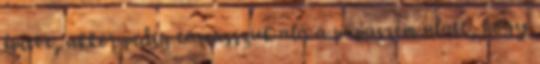
építve, akkor pedig támasszuk alá a pápaszem alatt, hogy